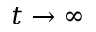
t \rightarrow \infty